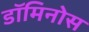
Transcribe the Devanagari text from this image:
डॉमिनोस